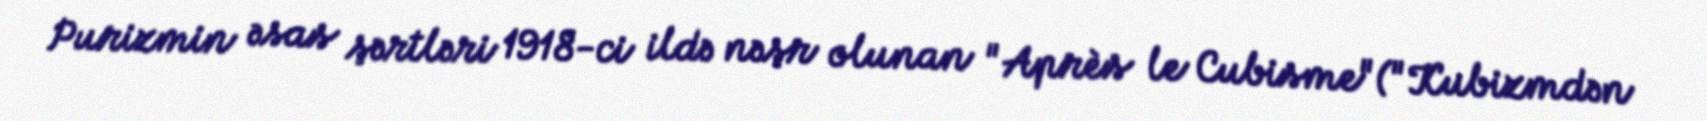
Purizmin əsas şərtləri 1918-ci ildə nəşr olunan "Après le Cubisme"("Kubizmdən